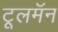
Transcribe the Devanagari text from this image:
टूलमॅन